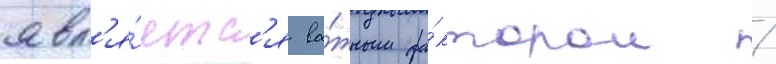
явл'я́етс'я ва́жным фа́ктором /